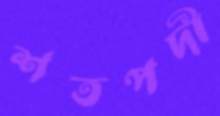
শতপদী